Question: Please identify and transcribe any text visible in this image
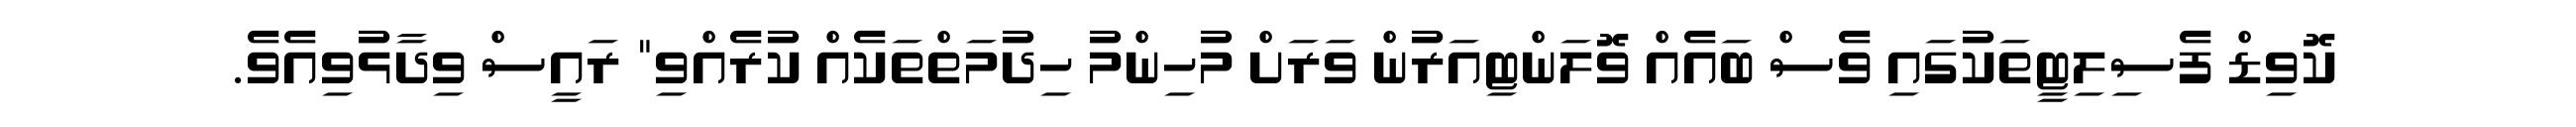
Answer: ކޮވިޑް ފެސިލިޓީތަކުގައި ވެސް ބައެއް ވޮލަންޓިއަރުން ވަރަށް މުހިންމު ހިދުމަތްތަކެއް ކުރެއްވި" ރައީސް ވިދާޅުވިއެވެ.